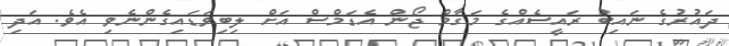
ދައުރުގެ ނައިބު ރައީސެއްގެ މަގާމް ޖޯން އެޑަމްސް އަށް ލިބިވަޑައިގެންނެވި އެވެ. އަދި